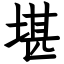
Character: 堪